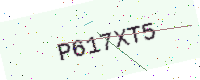
Text: P617XT5